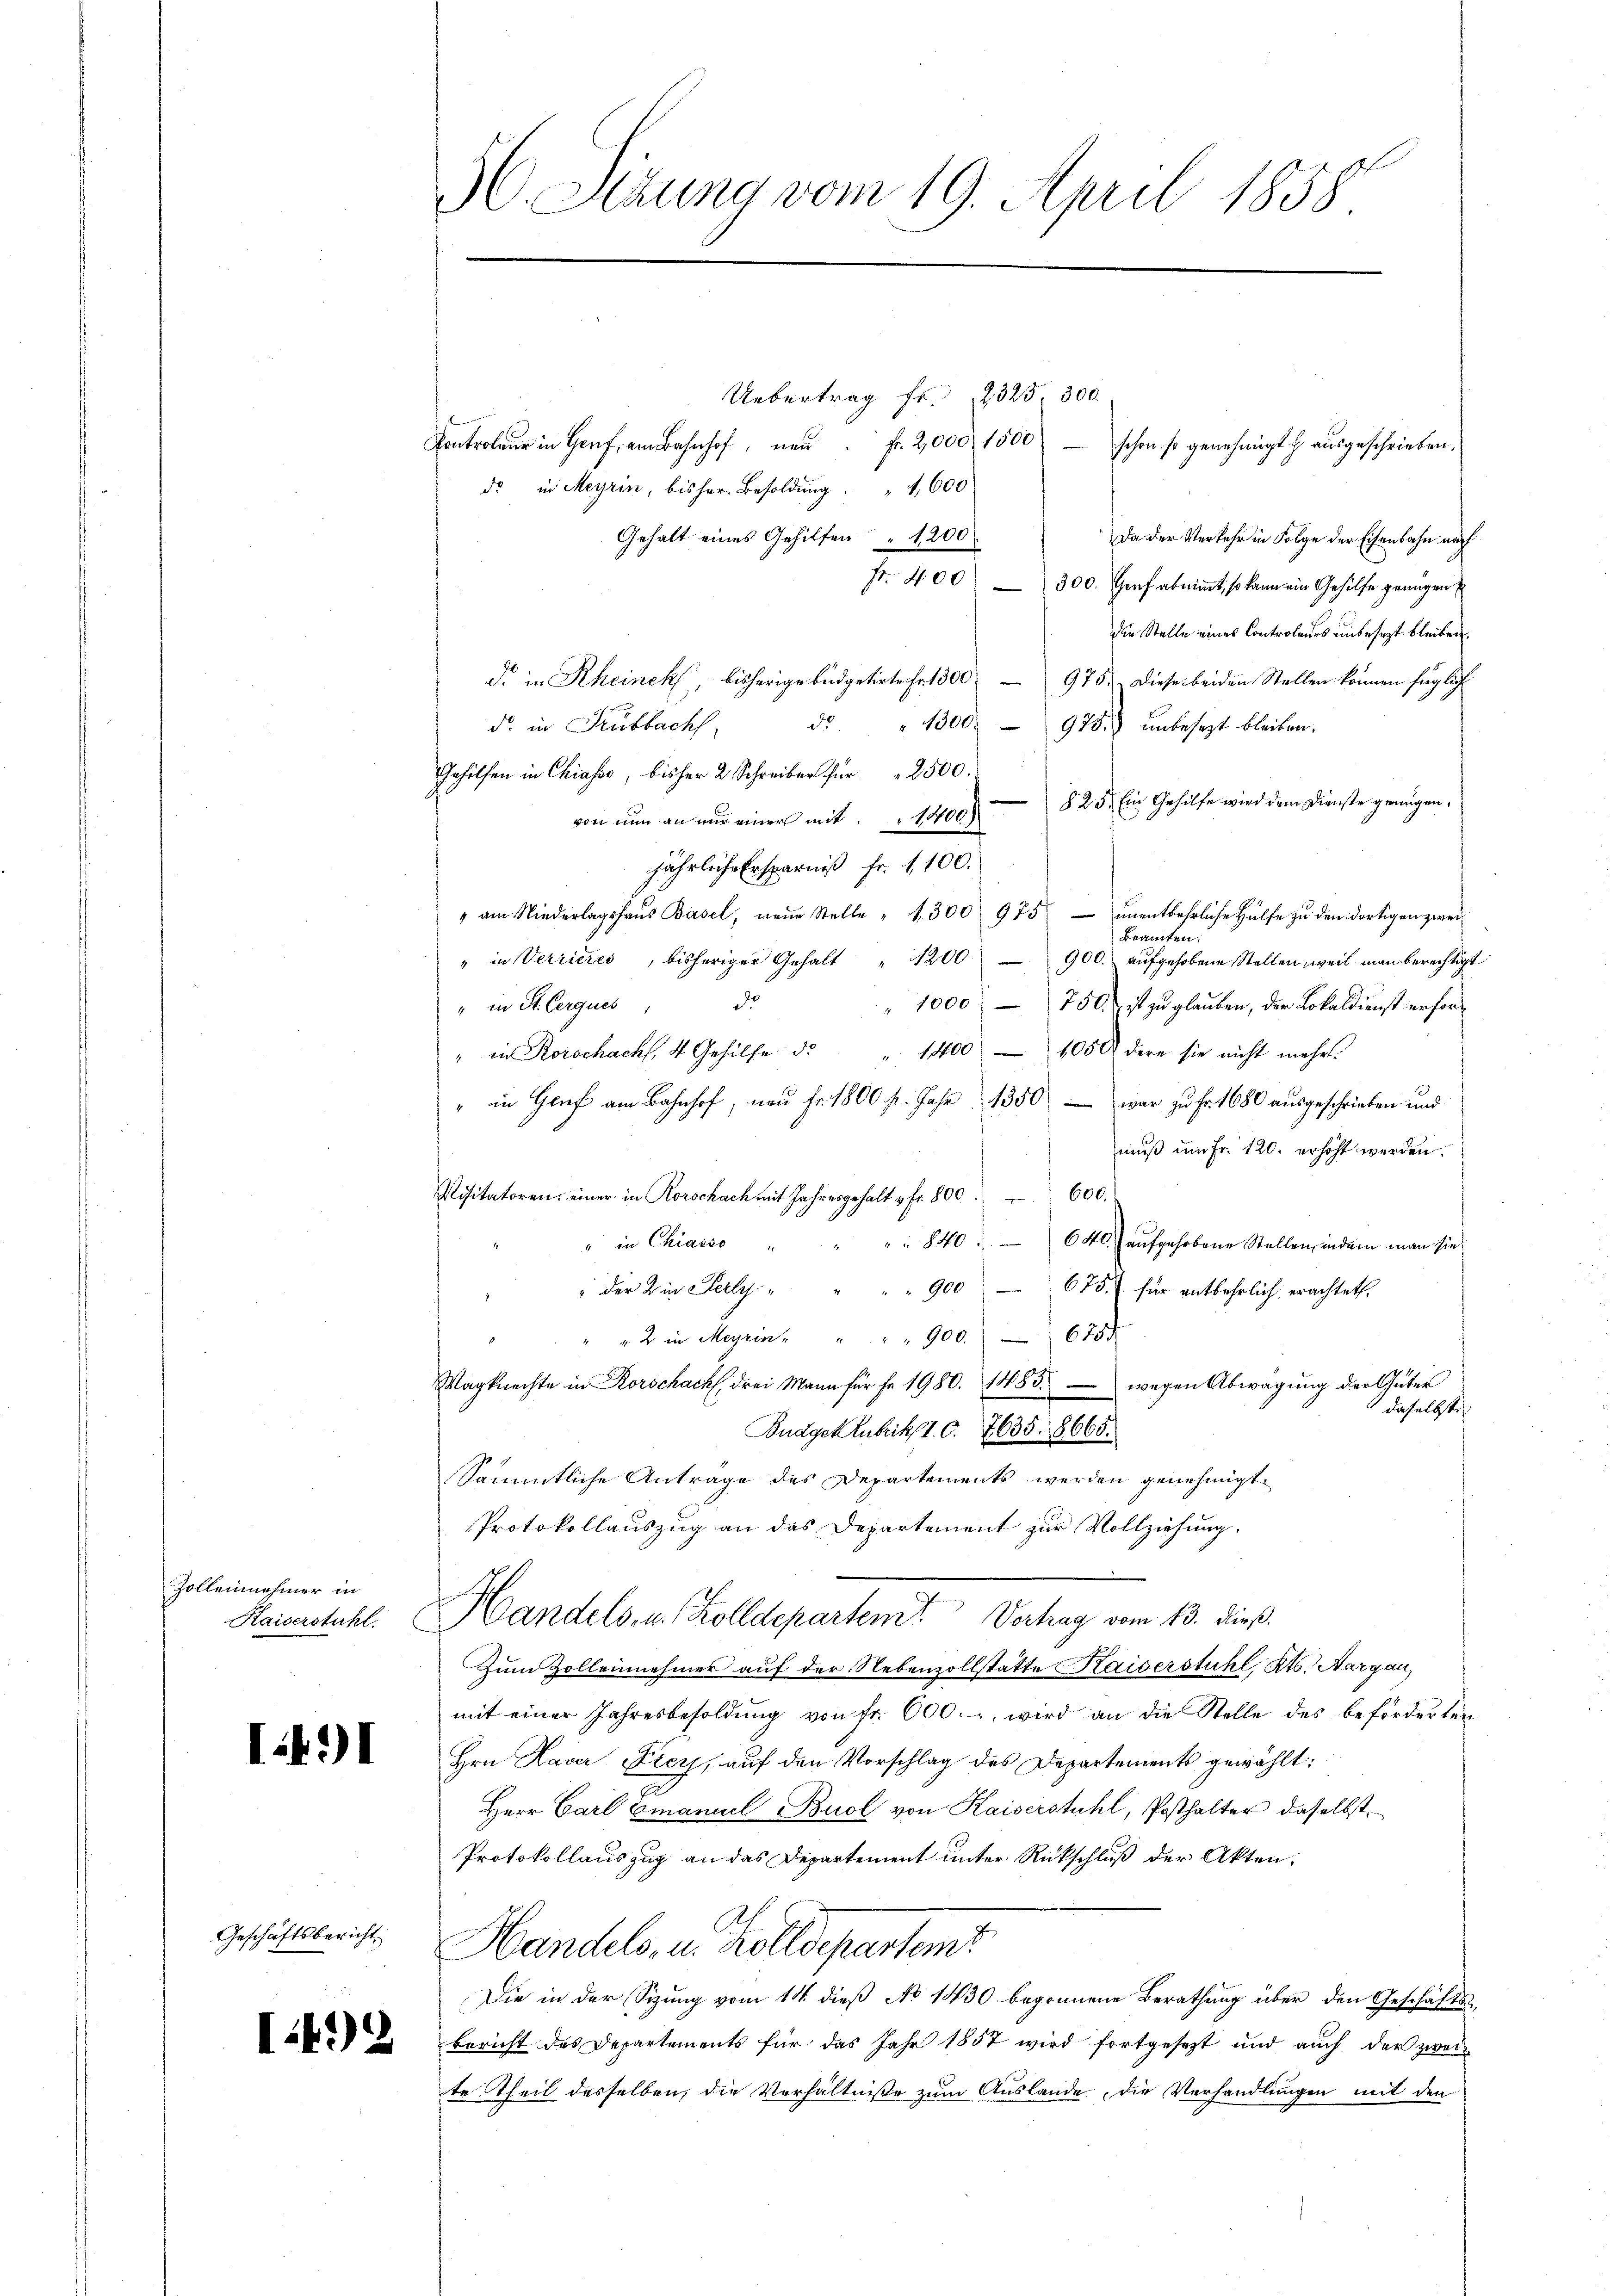
Zollennehmer in
Kaiserstuhl.

1491

Geschäftsbericht.

I.492

56. Serung vom 19. April 1858

Uebertrag fr. 323 300.
Kontroleur in Gorf, am Bahnhof, neŭ fr. 2,000, 1500
schon so genehmigt h. ausgeschrieben.
de in Meyrin, bisher Besoldŭng. " 1,600
Gehalt eines Gehilfen " 1200.
Da der Verkehr in Folge der Eisenbahn nach
Fr. 400 - 300. Graf abnimmt, so kann ein Gehilfe genügen,
die Stelle eines Controleurs unbesezt bleiben.
d. in Rheinek, bisherige Budgetirte Fr. 1 500 — 975. Diese beiden Stellen können füglich
d. " 1300. 975. ŭnbesezt bleiben.
d. in Kubbach,
Gehilfen in Chiasso, bisher 2 Schreiber für 2500
§ 25. Ein Gehilfe wird dem Dienste grungen.
von nun an nur einer mit 1400)
jährliche Ersparniß fr. 1100.
" am Niederlagshaŭs Basel, neŭe Stelle " 1300 975 unentbehrliche Hülfe zu den dortigen zwei¬
Beamten.
" in Verrieres, bisheriger Gehalt " 1200 900. aŭfgehobene Stellen weil man berechtigt
1000. 750 ist zu glauben, der Lokaldienst erfor¬
" in St. Cerques, d.
1400, 1050 dere sie nicht mehr.
in Rorschach, 4 Gehilfe d
" in Genf am Bahnhof, neŭ Fr. 1800 fr. Jahr 1350 war zu Fr. 1680 ausgeschrieben und
mŭβ ŭm Fr. 120. erhöht werden.
Visitatoren einer in Rorschach mit Jahresgehalt u. fr. 800 " 600.
 840
" in Chiaiso
640 aufgehobene Stellen, indem man sie
" der in Perly " " " " 900 675. für entbehrlich erachtet.
" " " " 2 in Meyrin " " " " 900. 675
Wagknechte in Rorschach drei Mann für fr. 1980. 1885 wegen Abwägŭng der Güter
daselbst.
Budget zubrik. I. C. 7635. 8665.
Sämmtliche Antrage des Departements werden genehmigt.
Protokollauszug an das Departement zur Vollziehung.
Handels- u. Kolldepartem Vertrag vom 13. dieß.
Zum Zollennehmer auf der Nebenzollstatte Kaiserstuhl, Kts. Aargau
mit einer Jahresbesoldŭng von fr. 600. wird an die Stelle des beförderten
Hrn Haver Frey, auf den Vorschlag des Departements gewählt:
Herr Carl Emanuel Buol von Kaiserstuhl, Posthalter daselbst
Protokollauszug an das Departement unter Rückschluß der Akten,
Handels, u. Zolldepartemt
Die in der Sizung vom 14. dieß No 1430 begonnene Berathung über den Geschäfts-
Bericht des Departements für das Jahr 1857 wird fortgesetzt und auch der zwei
te Theil desselben, die Verhältniße zum Auslande, die Verhandlungen mit den